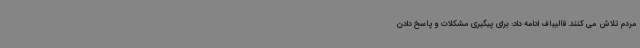
مردم تلاش می کنند. قالیباف ادامه داد: برای پیگیری مشکلات و پاسخ دادن